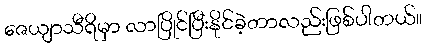
ဇေယျာသီရိမှာ လာပြိုင်ပြီးနိုင်ခဲ့တာလည်းဖြစ်ပါတယ်။